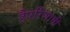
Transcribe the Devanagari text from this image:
हैपरिणामी